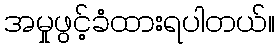
အမှုဖွင့်ခံထားရပါတယ်။